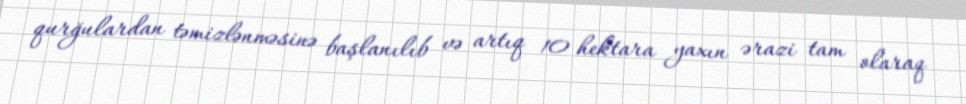
qurğulardan təmizlənməsinə başlanılıb və artıq 10 hektara yaxın ərazi tam olaraq